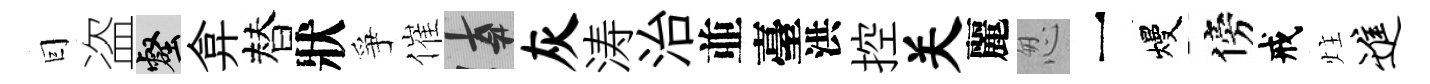
囙盗壑弇替狀爭催遲灰涛治並臺洪控关麗怱一熳傍戒炷进